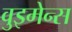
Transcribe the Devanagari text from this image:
वुइमेन्स